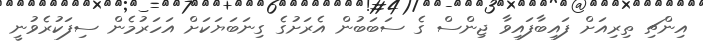
އިންޗި ތިރިއަށް ފައިބާފައިވާ ޖިންސް ގެ ސަބަބުން އެރަށުގެ ގިނަބަޔަކަށް އަހަރުމެން ސިފަކުރެވުނީ